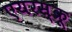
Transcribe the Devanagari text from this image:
एयरस्क्रू